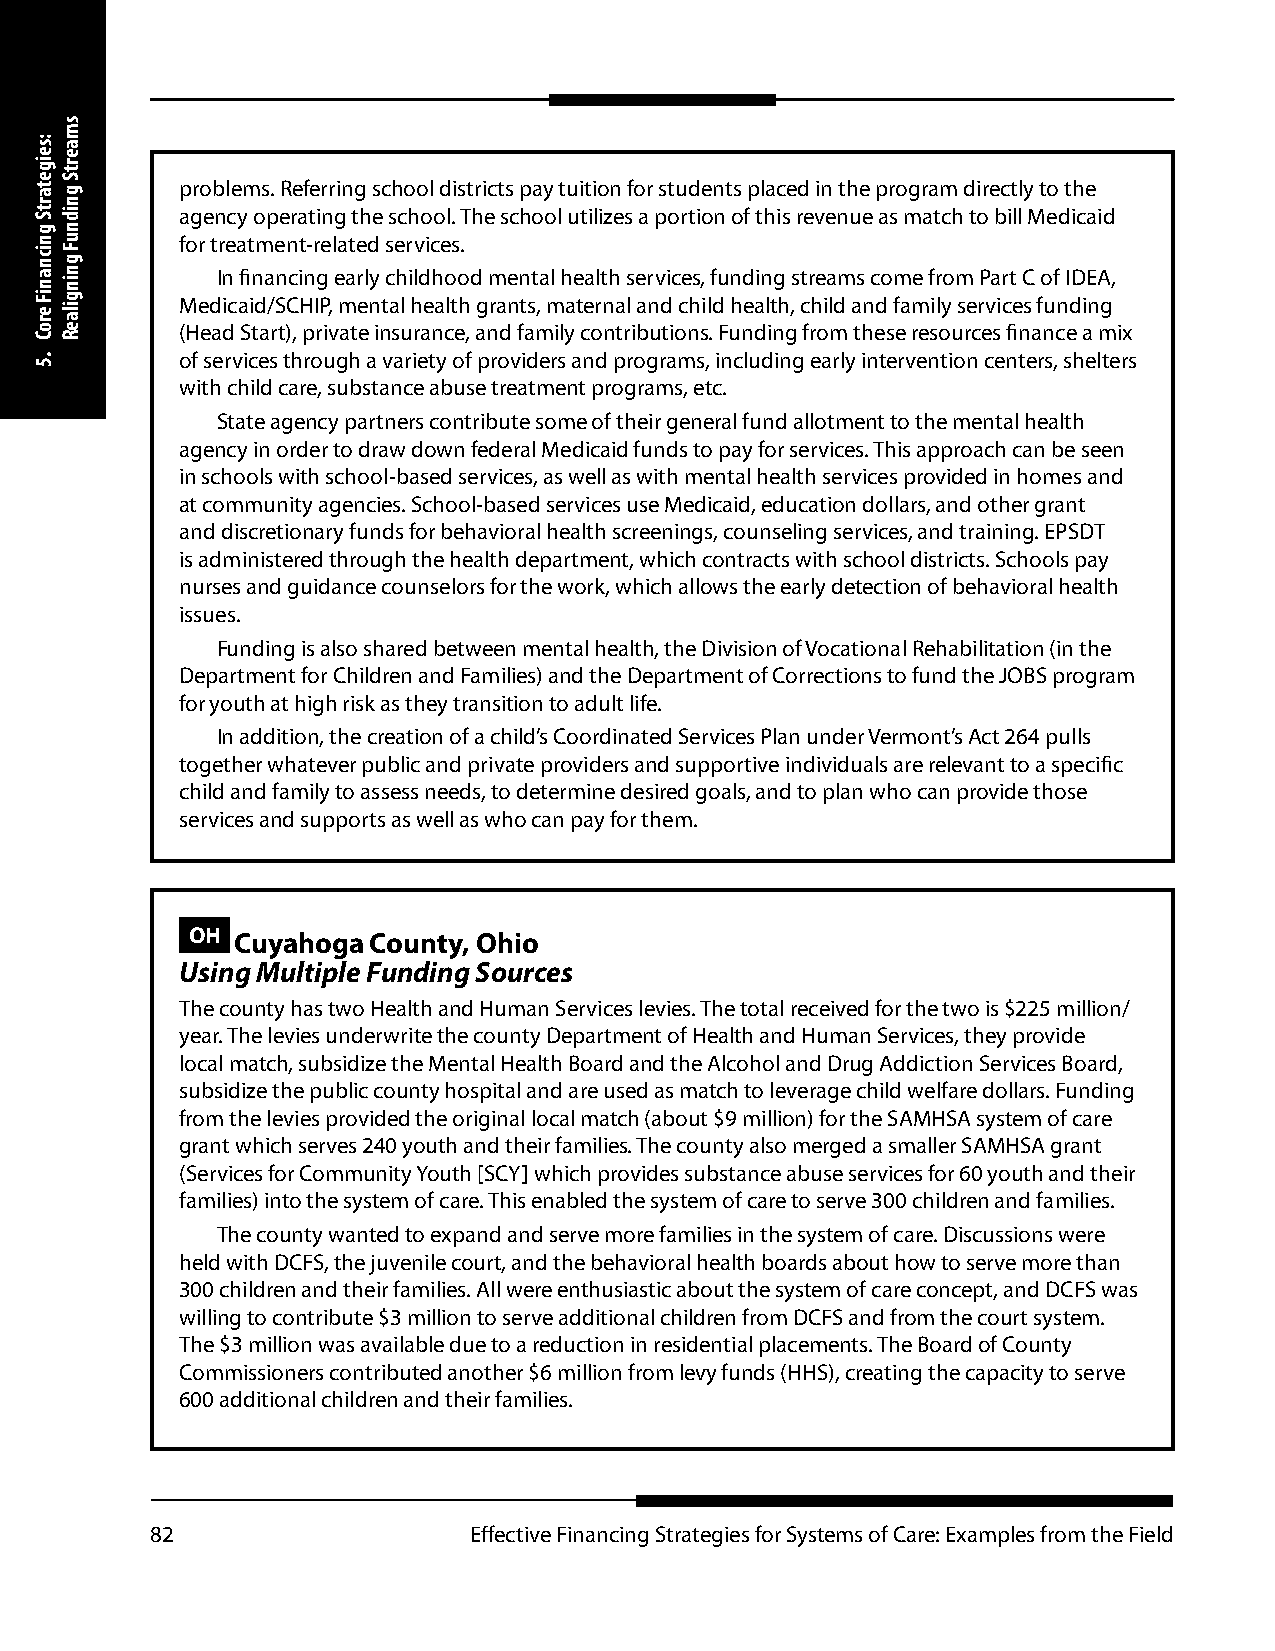
problems. Referring school districts pay tuition for students placed in the program directly to the
 agency operating the school. The school utilizes a portion of this revenue as match to bill Medicaid
 for treatment-related services.
 In financing early childhood mental health services, funding streams come from Part C of IDEA,
 Medicaid/SCHIP, mental health grants, maternal and child health, child and family services funding
 (Head Start), private insurance, and family contributions. Funding from these resources finance a mix
 of services through a variety of providers and programs, including early intervention centers, shelters
 with child care, substance abuse treatment programs, etc.
 State agency partners contribute some of their general fund allotment to the mental health
 agency in order to draw down federal Medicaid funds to pay for services. This approach can be seen
 in schools with school-based services, as well as with mental health services provided in homes and
 at community agencies. School-based services use Medicaid, education dollars, and other grant
 and discretionary funds for behavioral health screenings, counseling services, and training. EPSDT
 is administered through the health department, which contracts with school districts. Schools pay
 nurses and guidance counselors for the work, which allows the early detection of behavioral health
 issues.
 Funding is also shared between mental health, the Division of Vocational Rehabilitation (in the
 Department for Children and Families) and the Department of Corrections to fund the JOBS program
 for youth at high risk as they transition to adult life.
 In addition, the creation of a child’s Coordinated Services Plan under Vermont’s Act 264 pulls
 together whatever public and private providers and supportive individuals are relevant to a specific
 child and family to assess needs, to determine desired goals, and to plan who can provide those
 services and supports as well as who can pay for them.
 OH Cuyahoga  County, Ohio
 Using Multiple Funding Sources
 The county has two Health and Human Services levies. The total received for the two is $225 million/
 year. The levies underwrite the county Department of Health and Human Services, they provide
 local match, subsidize the Mental Health Board and the Alcohol and Drug Addiction Services Board,
 subsidize the public county hospital and are used as match to leverage child welfare dollars. Funding
 from the levies provided the original local match (about $9 million) for the SAMHSA system of care
 grant which serves 240 youth and their families. The county also merged a smaller SAMHSA grant
 (Services for Community Youth [SCY] which provides substance abuse services for 60 youth and their
 families) into the system of care. This enabled the system of care to serve 300 children and families.
 The county wanted to expand and serve more families in the system of care. Discussions were
 held with DCFS, the juvenile court, and the behavioral health boards about how to serve more than
 300 children and their families. All were enthusiastic about the system of care concept, and DCFS was
 willing to contribute $3 million to serve additional children from DCFS and from the court system.
 The $3 million was available due to a reduction in residential placements. The Board of County
 Commissioners contributed another $6 million from levy funds (HHS), creating the capacity to serve
 600 additional children and their families.
 82                   Effective Financing Strategies for Systems of Care: Examples from the Field
 :seigetartS
 gnicnaniF
 eroC
 .5
 smaertS
 gnidnuF
 gningilaeR